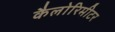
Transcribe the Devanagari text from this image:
कैलोरिमीटर